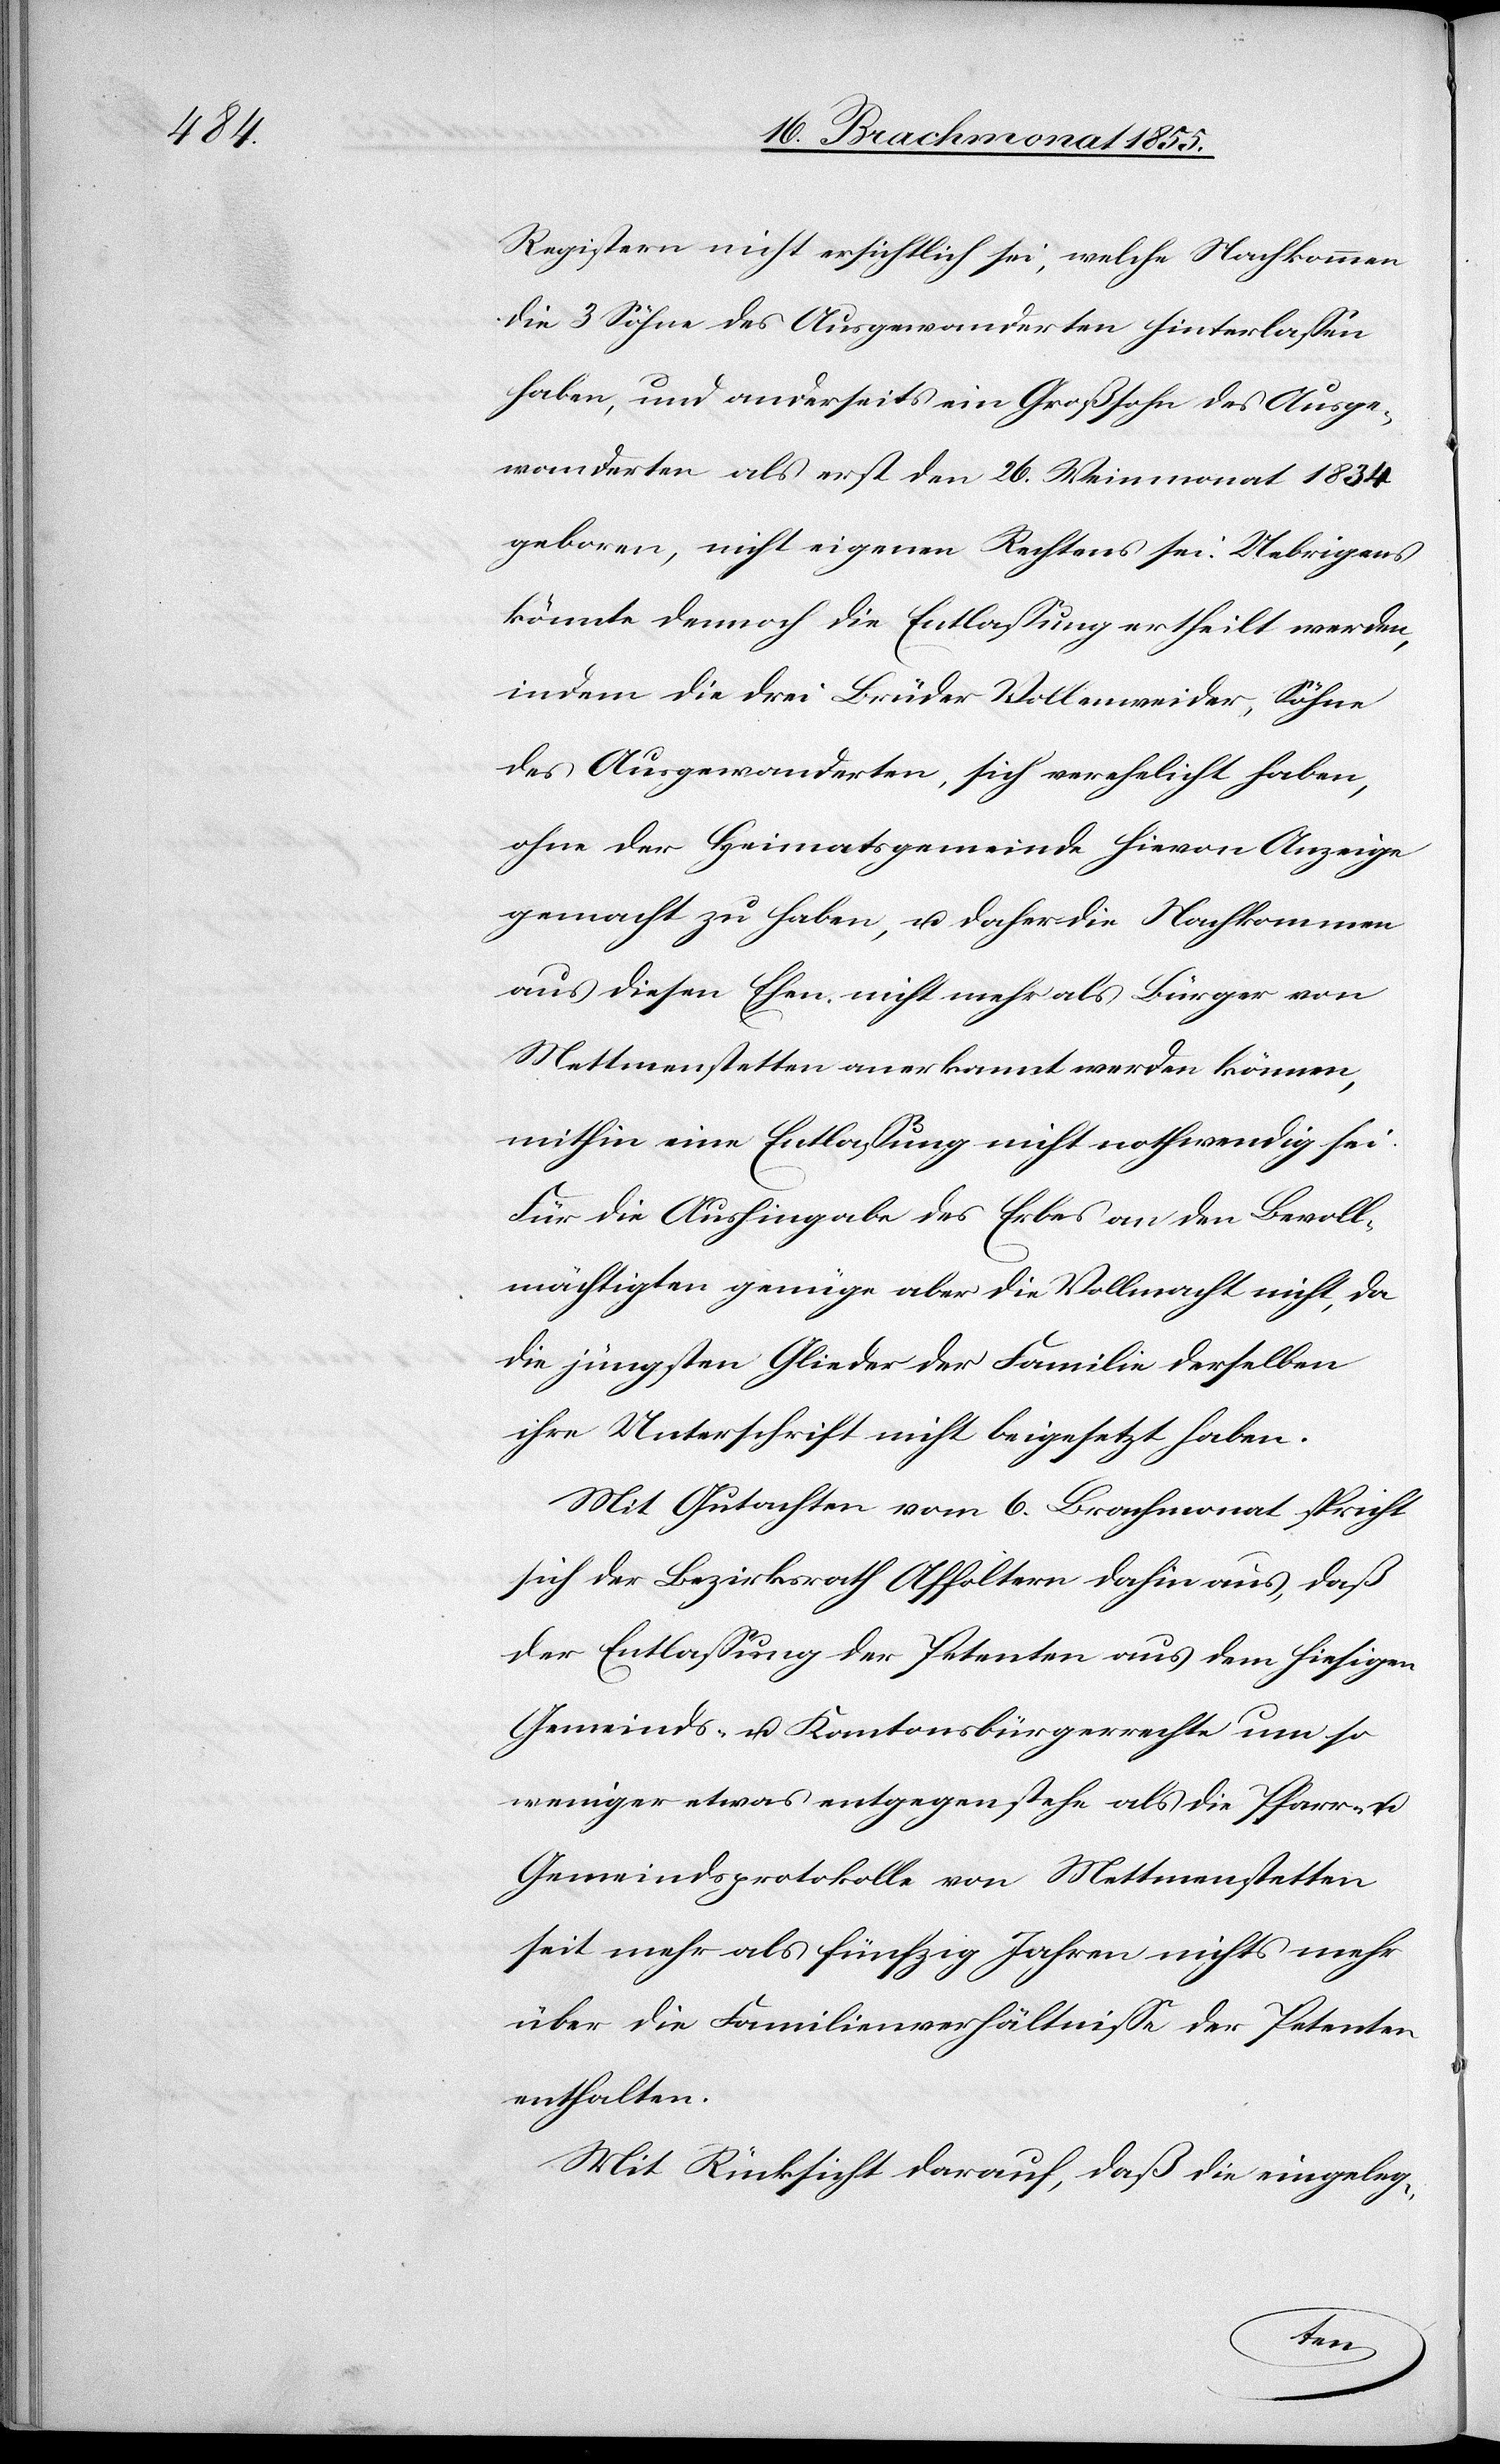
Registern nicht ersichtlich sei, welche Nachkommen
die 3 Söhne des Ausgewanderten hinterlassen
haben, und anderseits ein Großsohn des Ausge¬
wanderten als erst den 26. Weinmonat 1834
geboren, nicht eigenen Rechtens sei. Uebrigens
könnte dennoch die Entlassung ertheilt werden,
indem die drei Brüder Vollenweider, Söhne
des Ausgewanderten, sich verehelicht haben,
ohne der Heimatsgemeinde hievon Anzeige
gemacht zu haben, u. daher die Nachkommen
aus diesen Ehen nicht mehr als Bürger von
Mettmenstetten anerkannt werden können,
mithin eine Entlassung nicht nothwendig sei.
Für die Aushingabe des Erbes an den Bevoll¬
mächtigten genüge aber die Vollmacht nicht, da
die jüngsten Glieder der Familie derselben
ihre Unterschrift nicht beigesetzt haben.
Mit Gutachten vom 6. Brachmonat spricht
sich der Bezirksrath Affoltern dahin aus, daß
der Entlassung der Petenten aus dem hiesigen
Gemeinds- u. Kantonalbürgerrechte um so
weniger etwas entgegenstehe als die Pfarr- u.
Gemeindsprotokolle von Mettmenstetten
seit mehr als fünfzig Jahren nichts mehr
über die Familienverhältnisse der Petenten
enthalten.
Mit Rücksicht darauf, daß die eingeleg-